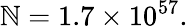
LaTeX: \mathbb{N}=1.7\times10^{57}.